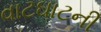
વાટઘાટની